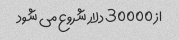
از 30000 دلار شروع می شود